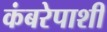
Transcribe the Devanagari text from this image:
कंबरेपाशी